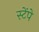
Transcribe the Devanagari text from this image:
स्टेंपे